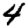
Digit: 4